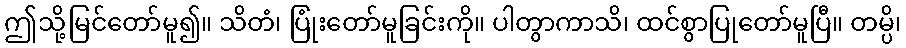
ဤသို့မြင်တော်မူ၍။ သိတံ၊ ပြုံးတော်မူခြင်းကို။ ပါတွာကာသိ၊ ထင်စွာပြုတော်မူပြီ။ တမ္ပိ၊